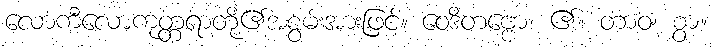
လောကီလောကုတ္တရာတို့၏အစွမ်းအားဖြင့်။ ဝေဒိတဗ္ဗော၊ ၏။ တာဝ၊ စွာ။